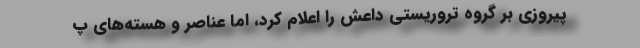
پیروزی بر گروه تروریستی داعش را اعلام کرد، اما عناصر و هسته‌های پ